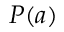
P ( a )